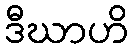
ဒီဃာဟိ